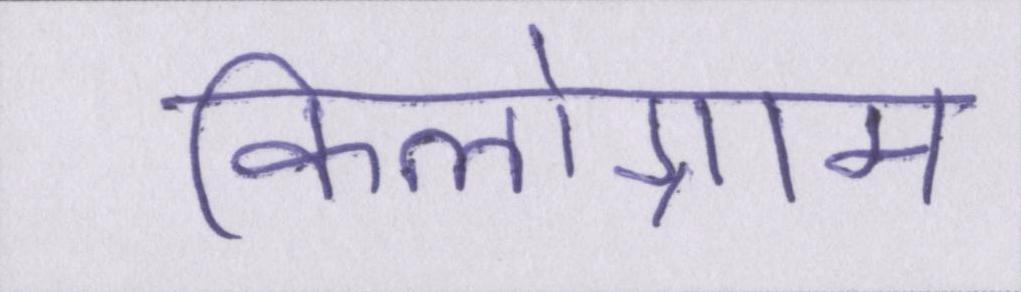
किलोग्राम